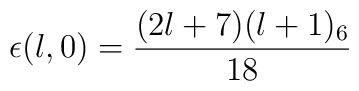
\epsilon(l,0) = \frac{(2l+7)(l+1)_6}{18}